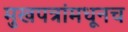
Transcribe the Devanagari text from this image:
मुखपत्रांमधूनच